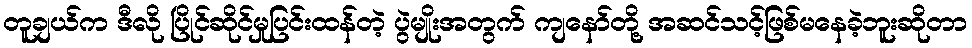
တူချယ်က ဒီလို ပြိုင်ဆိုင်မှုပြင်းထန်တဲ့ ပွဲမျိုးအတွက် ကျနော်တို့ အဆင်သင့်ဖြစ်မနေခဲ့ဘူးဆိုတာ